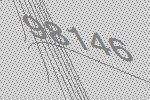
98146